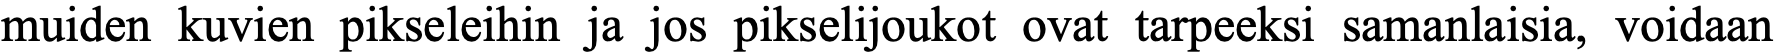
muiden kuvien pikseleihin ja jos pikselijoukot ovat tarpeeksi samanlaisia, voidaan